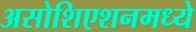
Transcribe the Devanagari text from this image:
असोशिएशनमध्ये